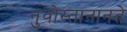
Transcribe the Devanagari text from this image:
नुवोस्तानानते